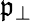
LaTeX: \mathfrak{p}_{\perp}